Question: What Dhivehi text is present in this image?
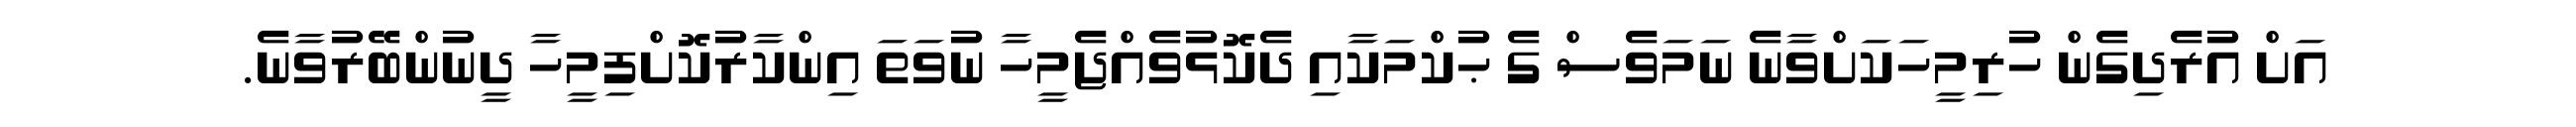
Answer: އަށް އުރެދިގެން ހުރިމީހަކަށްވާނެ ނަމަވެސް ގެ ޙުކްމަކާއި ދެކޮޅުވެއްޖެމީހާ ނުވަތަ އިންކާރުކޮށްފިމީހާ ދީނުންބޭރުވާނެ.